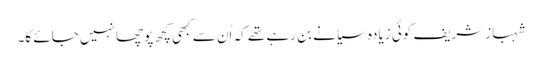
شہبازشریف کوئی زیادہ سیانے بن رہے تھے کہ اُن سے کبھی کچھ پوچھا نہیں جائے گا۔